Report of the Bombay Veterinary College
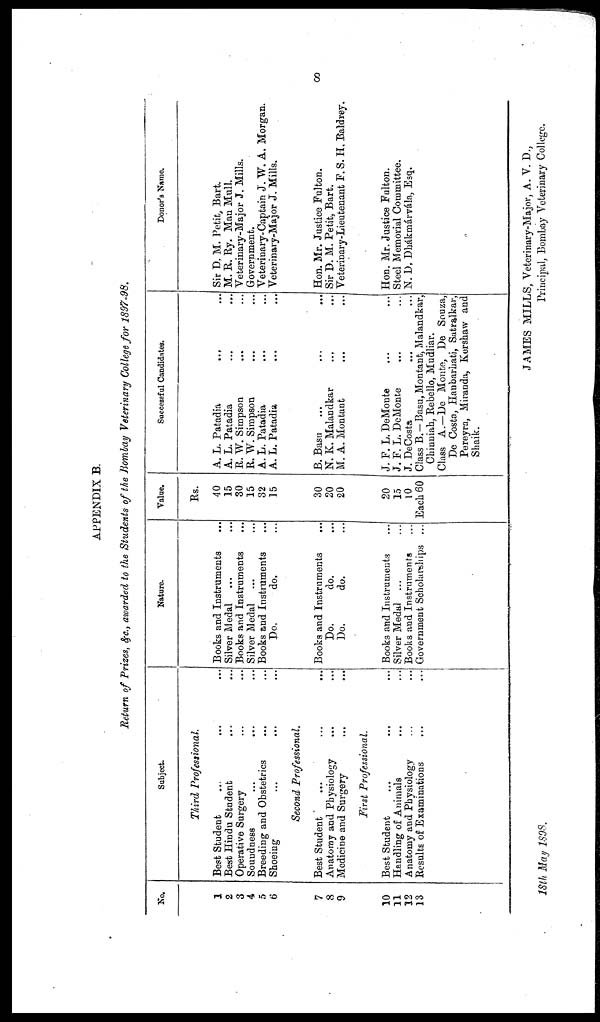
8
APPENDIX B.
Return of Prizes, &c., awarded to the Students of the Bombay Veterinary College for 1897-98.
No.
1
2
3
4
5
6
7
8
9
10
11
12
13
Subject.
Third Professional.
Best Student ... ... ...
Best Hindu Student
...
...
Operative Surgery ... ...
Soundness
...
... ...
Breeding and Obstetrics ... ...
Shoeing ... ... ...
Second Professional.
Best Student
...
...
...
Anatomy and Physiology ... ...
Medicine and Surgery
...
...
First Professional.
Best Student ... ... ...
Handling of Animals ... ...
Anatomy and Physiology ... ...
Results of Examinations
... ...
Nature.
Books and Instruments ...
Silver Medal ... ...
Books and Instruments ...
Silver Medal ...
Books and Instruments ...
Do.
do. ...
Books and Instruments ...
Do.
do. ...
Do.
do. ...
Books and Instruments ...
Silver Medal ... ...
Books and Instruments ...
Government Scholarships ...
Value.
Rs.
40
15
30
15
32
15
30
20
20
20
15
10
Each 60
Successful Candidates.
A. L. Patadia
...
...
A. L. Patadia
...
...
R. W. Simpson
...
...
R. W. Simpson
...
...
A. L. Patadia
...
...
A. L. Patadia
...
...
B. Basu
... ... ...
N. K. Malandkar
...
...
M. A. Montant ... ...
J. F. L. DeMonte ... ...
J. F. L. DeMonte
...
...
J. DeCosta
...
...
Class B.—Basu, Montant, Malandkar,
Chinniah, Rebello, Mudliar.
Class A.—De Monte, De Souza,
De Costa, Haubarhati, Satralkar,
Pereyra, Miranda, Kershaw and
Shaik.
Donor's Name.
Sir D. M. Petit, Bart.
M. R. Ry. Man Mull.
Veterinary-Major J. Mills.
Government.
Veterinary-Captain J. W. A. Morgan.
Veterinary-Major J. Mills.
Hon. Mr. Justice Fulton.
Sir D. M. Petit, Bart.
Veterinary-Lieutenant F. S. H. Baldrey.
Hon. Mr. Justice Fulton.
Steel Memorial Committee.
N. D. Dhákmárvála, Esq.
JAMES MILLS, Veterinary-Major, A. V. D.,
l8th May
1898.
Principal, Bombay Veterinary College.